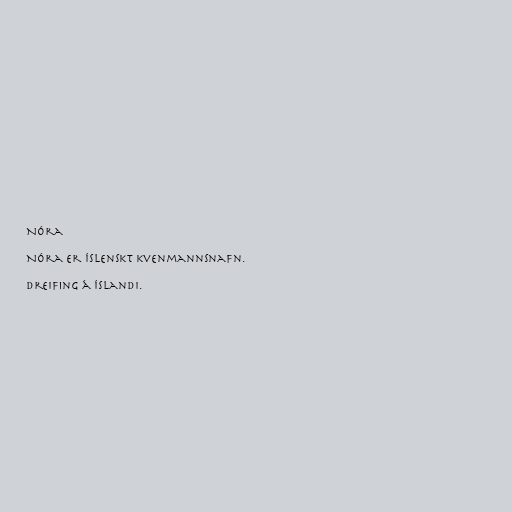
Nóra

Nóra er íslenskt kvenmannsnafn.

Dreifing á Íslandi.